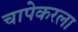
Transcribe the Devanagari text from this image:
चापेकरला